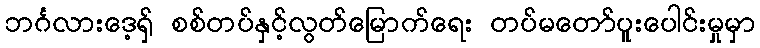
ဘင်္ဂလားဒေ့ရှ် စစ်တပ်နှင့်လွတ်မြောက်ရေး တပ်မတော်ပူးပေါင်းမှုမှာ